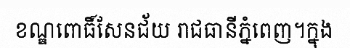
ខណ្ឌពោធិ៍សែនជ័យ រាជធានីភ្នំពេញ។ក្នុង